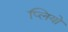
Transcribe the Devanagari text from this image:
प्लियो